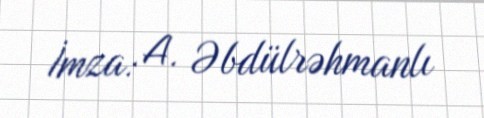
İmza: A. Əbdülrəhmanlı